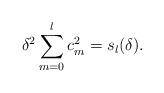
LaTeX: \begin{align*}\delta^2 \sum_{m=0}^{l}c_m^2=s_l(\delta).\end{align*}